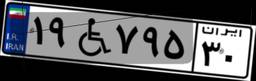
۱۹W۷۹۵۳۰